Account of plague administration in the Bombay Presidency from September 1896 till May 1897
Year: 1896
Disease focus: Plague
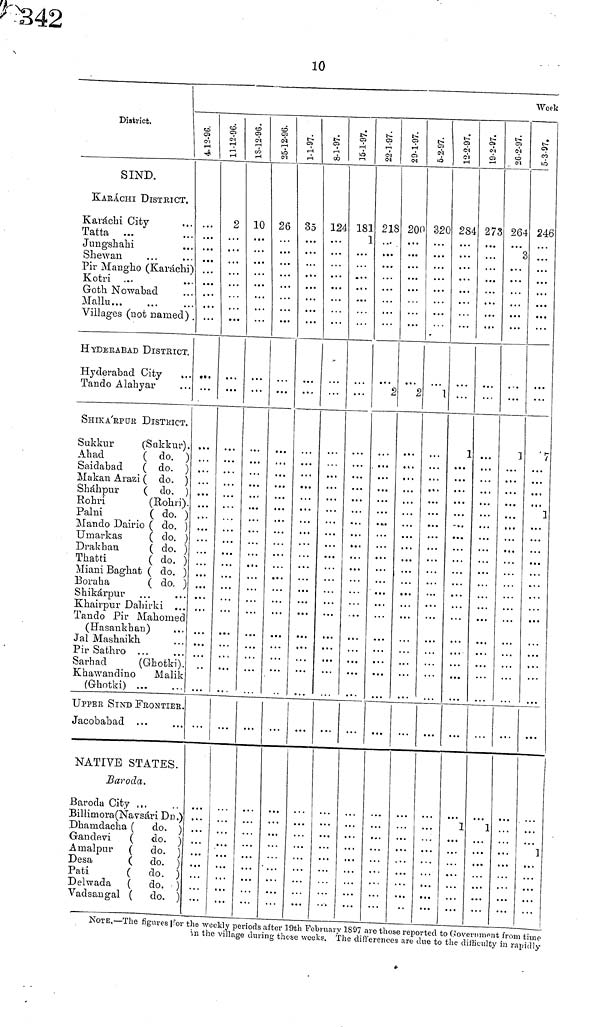
10
District.
SIND.
KARÁCHI DISTRICT.
Karachi City
Tatta ...
Jungshahi
Shewan
Pir Mangho (Karachi)
Kotri ...
...
Goth Nowabad
Mallu
Villages (not named) .
HYDERABAD DISTRICT.
Hyderabad City
...
Tando Alahyar
SHIKA'BPur DISTrICT.
Sukkur
(Sukkur).
Ahad
( do, )
Saidabad
( do. )
Makan Arazi ( do. )
Sháhpur
( do. )
Rohri
(Rohri).
Palni
( do. )
Mando Dairio ( do, )
Umarkas
( do. )
Drakhan
( do. )
Thatti
( do. )
Miani Baghat ( do. )
Boraha
( do. )
Shikárpur
Khairpur Dahirki ...
Tando Pir Mahomed
(Hasankhan)
,..|
Jal Mashaikh
PirSathro
Sarhad
(Ghotki)
Khawandino
Malik
(Ghotki)
UPPER SIND FrONTIeR.
Jacobabad ...
NATIVE STATES.
Bar oda.
ßaroda City
Billimora(Navsari Dn .)
Dhamdaeha ( do. )
Gandevi
( do. )
Amalpnr (
do. )
Desa
(
do. )
Pati
(
do. )
Delwada (
do. )
Vadsangal (
do. )
4-12-96.
...
11-12-96.
2
,
...
1
18-2-96.
10
. . .
25-12-96.
26
1-1-97.
35
...
...
...
8-1-97.
124
15-1-97.
181
1
22-1-97.
218
2
29-1-97.
200
2
5-2-97.
320
1
12-2-97.
284
1
1
19-2-97.
273
1
26-2-97.
264
3
..
3
Week
5-3-97.
246
7
1
1
NOTE,—The figures |for the weekly periods after 19th February 1897 are those reported to Government from time
in the village during those weeks. The differences are due to the difficulty in rapidly